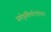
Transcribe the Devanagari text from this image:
सर्वदुर्गतिपरिशोधन